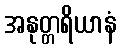
အနုတ္တရိယာနံ